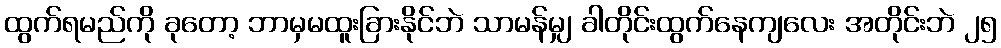
ထွက်ရမည်ကို ခုတော့ ဘာမှမထူးခြားနိုင်ဘဲ သာမန်မျှ ခါတိုင်းထွက်နေကျလေး အတိုင်းဘဲ ၂၅